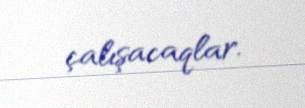
çalışacaqlar.